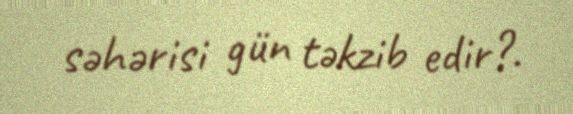
səhərisi gün təkzib edir?.